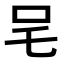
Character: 𭆿